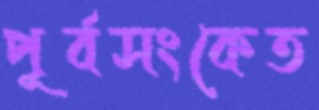
পূর্বসংকেত